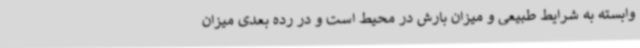
وابسته به شرایط طبیعی و میزان بارش در محیط است و در رده بعدی میزان